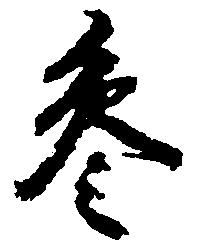
参